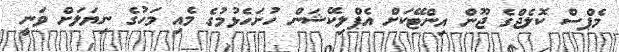
މެޕްސް ކޮލެޖްގެ ޖޫން އިންޓޭކަށް އެޕްލިކޭޝަން ހުށަހެޅުމުގެ މެއި މަހުގެ ނިޔަލަށް ވަނީ